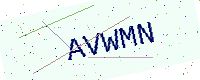
Text: AVWMN